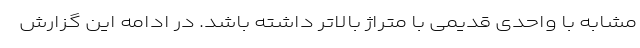
مشابه با واحدی قدیمی با متراژ بالاتر داشته باشد. در ادامه این گزارش